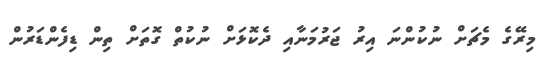
މިރޭގެ މެޗަށް ނުކުންނަ އިރު ޖަރުމަނާއި ދެކޮޅަށް ނުކުތް ގޮތަށް ތިން ޑިފެންޑަރުން